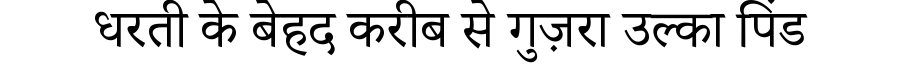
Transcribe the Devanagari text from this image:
धरती के बेहद करीब से गुज़रा उल्का पिंड